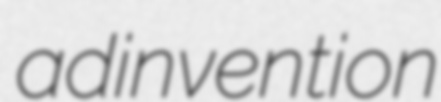
adinvention